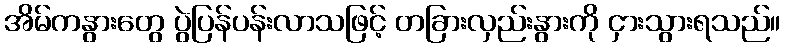
အိမ်ကနွားတွေ ပွဲပြန်ပန်းလာသဖြင့် တခြားလှည်းနွားကို ငှားသွားရသည်။